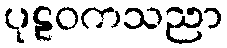
ပုဠဝကသညာ